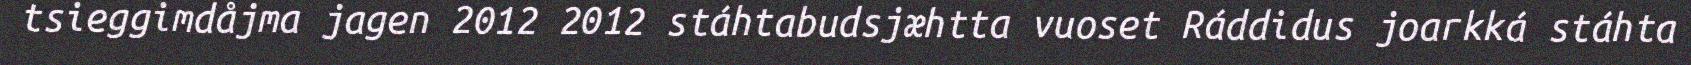
tsieggimdåjma jagen 2012 2012 stáhtabudsjæhtta vuoset Ráddidus joarkká stáhta